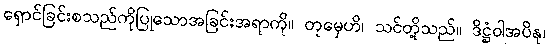
ရှောင်ခြင်းစသည်ကိုပြုသောအခြင်းအရာကို။ တုမှေဟိ၊ သင်တို့သည်။ ဒိဋ္ဌံဝါအပိနု၊